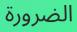
الضرورة